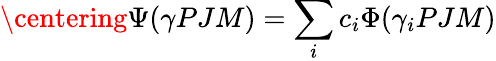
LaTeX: \centering\Psi(\gamma PJM)=\sum_{i}c_{i}\Phi(\gamma_{i}PJM)